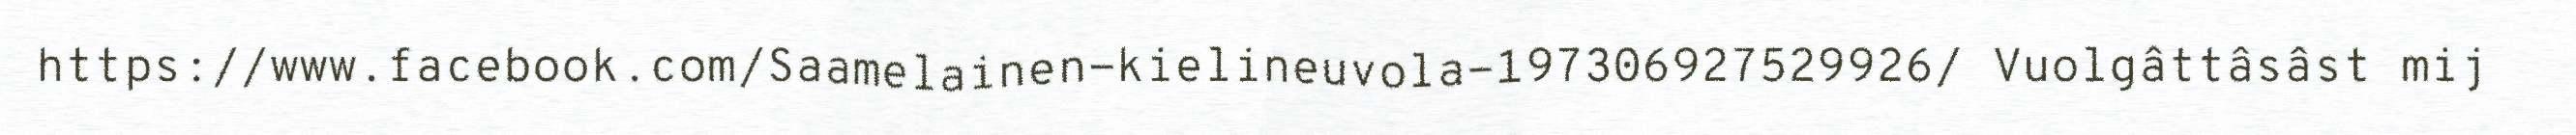
https://www.facebook.com/Saamelainen-kielineuvola-197306927529926/ Vuolgâttâsâst mij